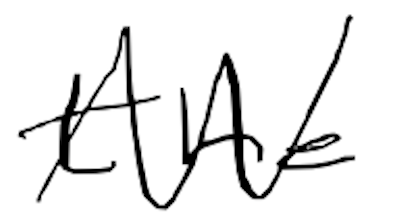
Text: the
Cross-out: zig-zag
Writing tool: digital_black